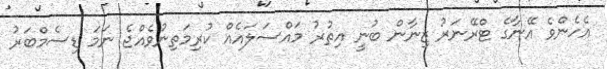
އެހެންވެ އޭނާގެ ޓްރޭނަރު ޒިނާން ބުނީ އިތުރު މައްސަލައެއް ކުރިމަތިނުވެއްޖެ ނަމަ ޑިސެމްބަރު